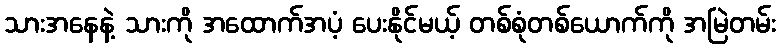
သားအနေနဲ့ သားကို အထောက်အပံ့ ပေးနိုင်မယ့် တစ်စုံတစ်ယောက်ကို အမြဲတမ်း